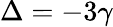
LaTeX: \Delta=-3\gamma